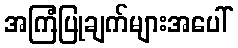
အကြံပြုချက်များအပေါ်